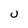
Character: U